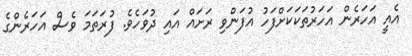
އެއީ އަހަރެން އަހަރުތަކަކަށްފަހު އުފަންވި ރަށައް އައި ދުވަހެވެ. ފުރަތަމަ ވެސް އަހަރެންގެ